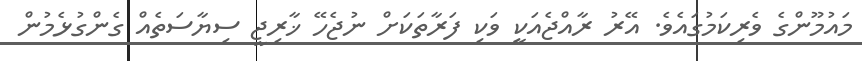
މައުމޫންގެ ވެރިކަމުގައެވެ. އޭރު ރާއްޖެއަކީ ވަކި ފަރާތަކަށް ނުޖެހޭ ޚާރިޖީ ސިޔާސަތެއް ގެންގުޅެމުން